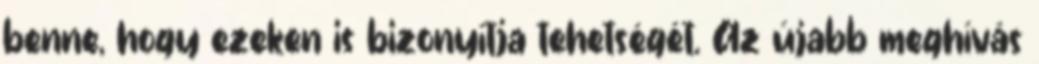
benne, hogy ezeken is bizonyítja tehetségét. Az újabb meghívás